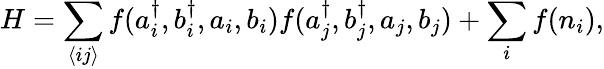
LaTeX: H=\sum_{\langle ij\rangle}f(a_{i}^{\dagger},b_{i}^{\dagger},a_{i},b_{i})f(a_{j}^{\dagger},b_{j}^{\dagger},a_{j},b_{j})+\sum_{i}f(n_{i}),